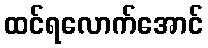
ထင်ရလောက်အောင်